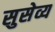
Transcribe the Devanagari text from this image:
सुसेव्य